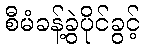
စီမံခန့်ခွဲပိုင်ခွင့်